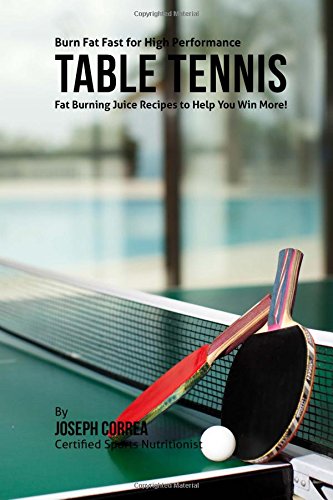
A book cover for Burn Fat Fast for High Performance Table Tennis: Fat Burning Juice Recipes to Help You Win More!; Joseph Correa (Certified Sports Nutritionist); Sports & Outdoors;